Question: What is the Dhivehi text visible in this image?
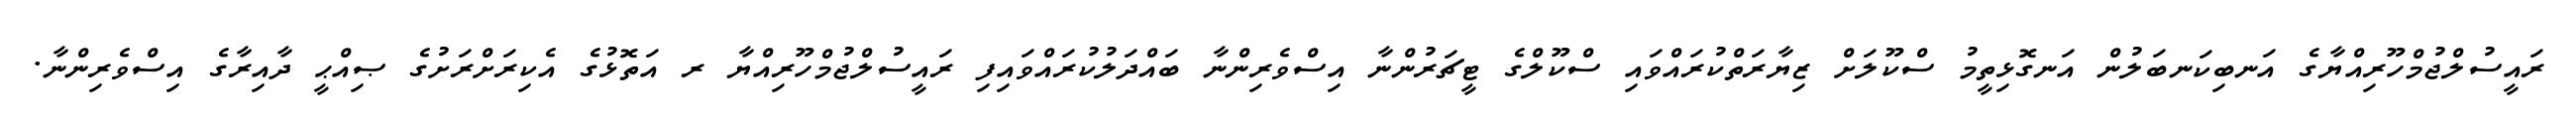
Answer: ރައީސުލްޖުމްހޫރިއްޔާގެ އަނބިކަނބަލުން އަނގޮޅިތީމު ސްކޫލަށް ޒިޔާރަތްކުރައްވައި ސްކޫލްގެ ޓީޗަރުންނާ އިސްވެރިންނާ ބައްދަލުކުރައްވައިފި ރައީސުލްޖުމްހޫރިއްޔާ ރ އަތޮޅުގެ އެކިރަށްރަށުގެ ޞިއްޙީ ދާއިރާގެ އިސްވެރިންނާ.